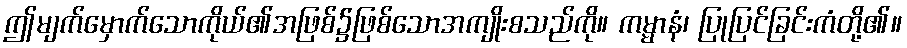
ဤမျက်မှောက်သောကိုယ်၏အဖြစ်၌ဖြစ်သောအကျိုးစသည်ကို။ ကမ္မာနံ၊ ပြုပြင်ခြင်းကံတို့၏။